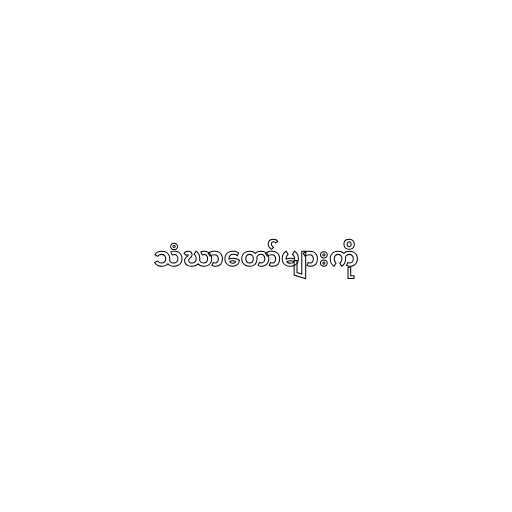
သံဃာတော်များကို